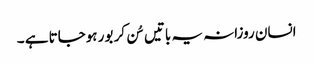
انسان روزانہ یہ باتیں سُن کر بور ہوجاتا ہے ۔